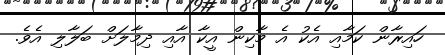
ހައިރާން ކަމާއި އެކު އެ މާކިން އީކާ އާއި ދިމާލަށް ބަލާލި އެވެ.